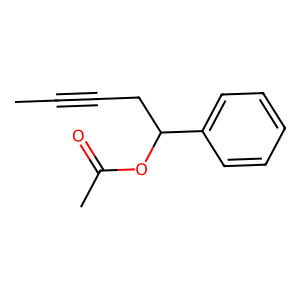
SMILES: CC#CCC(OC(C)=O)c1ccccc1
Inhibits HIV replication: No